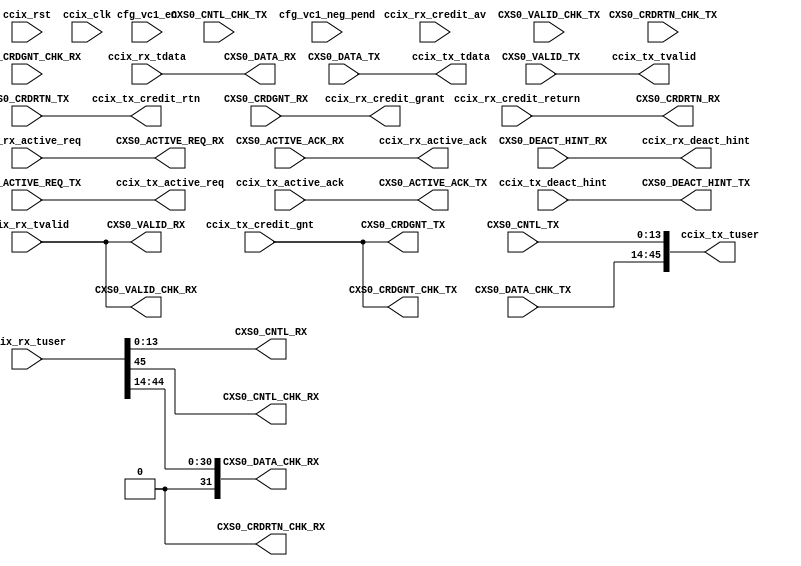
//-----------------------------------------------------------------------------
//
// (c) Copyright 2012-2012 Xilinx, Inc. All rights reserved.
//
// This file contains confidential and proprietary information
// of Xilinx, Inc. and is protected under U.S. and
// international copyright and other intellectual property
// laws.
//
// DISCLAIMER
// This disclaimer is not a license and does not grant any
// rights to the materials distributed herewith. Except as
// otherwise provided in a valid license issued to you by
// Xilinx, and to the maximum extent permitted by applicable
// law: (1) THESE MATERIALS ARE MADE AVAILABLE "AS IS" AND
// WITH ALL FAULTS, AND XILINX HEREBY DISCLAIMS ALL WARRANTIES
// AND CONDITIONS, EXPRESS, IMPLIED, OR STATUTORY, INCLUDING
// BUT NOT LIMITED TO WARRANTIES OF MERCHANTABILITY, NON-
// INFRINGEMENT, OR FITNESS FOR ANY PARTICULAR PURPOSE; and
// (2) Xilinx shall not be liable (whether in contract or tort,
// including negligence, or under any other theory of
// liability) for any loss or damage of any kind or nature
// related to, arising under or in connection with these
// materials, including for any direct, or any indirect,
// special, incidental, or consequential loss or damage
// (including loss of data, profits, goodwill, or any type of
// loss or damage suffered as a result of any action brought
// by a third party) even if such damage or loss was
// reasonably foreseeable or Xilinx had been advised of the
// possibility of the same.
//
// CRITICAL APPLICATIONS
// Xilinx products are not designed or intended to be fail-
// safe, or for use in any application requiring fail-safe
// performance, such as life-support or safety devices or
// systems, Class III medical devices, nuclear facilities,
// applications related to the deployment of airbags, or any
// other applications that could lead to death, personal
// injury, or severe property or environmental damage
// (individually and collectively, "Critical
// Applications"). Customer assumes the sole risk and
// liability of any use of Xilinx products in Critical
// Applications, subject only to applicable laws and
// regulations governing limitations on product liability.
//
// THIS COPYRIGHT NOTICE AND DISCLAIMER MUST BE RETAINED AS
// PART OF THIS FILE AT ALL TIMES.
//
//-----------------------------------------------------------------------------
//
// Project    : UltraScale+ FPGA PCI Express CCIX v4.0 Integrated Block
// Version    : 1.0 
//-----------------------------------------------------------------------------
//--------------------------------------------------------------------------------------------------
`timescale 1ps/1ps

module pcie4c_uscale_plus_0_cxs_remap #(
  parameter           AXIS_CCIX_RX_TDATA_WIDTH = 256,
  parameter           AXIS_CCIX_TX_TDATA_WIDTH = 256,
  parameter           AXIS_CCIX_RX_TUSER_WIDTH = 46,
  parameter           AXIS_CCIX_TX_TUSER_WIDTH = 46,
  parameter           AXIS_CCIX_RX_CNTL_WIDTH  = (AXIS_CCIX_RX_TDATA_WIDTH ==  512 ? 36 : 14), 
  parameter           AXIS_CCIX_TX_CNTL_WIDTH  = (AXIS_CCIX_TX_TDATA_WIDTH ==  512 ? 36 : 14) 
) (

   input [AXIS_CCIX_RX_TDATA_WIDTH-1:0]         ccix_rx_tdata,  
   input                                        ccix_rx_tvalid, 
   input [AXIS_CCIX_RX_TUSER_WIDTH-1:0]         ccix_rx_tuser,  
   output                                       ccix_rx_credit_grant,  
   input                                        ccix_rx_credit_return, 
   input [7:0]                                  ccix_rx_credit_av,     
   input                                        ccix_rx_active_req,    
   output                                       ccix_rx_active_ack,    
   output                                       ccix_rx_deact_hint,


   output  [AXIS_CCIX_TX_TDATA_WIDTH-1:0]       ccix_tx_tdata, 
   output                                       ccix_tx_tvalid,
   output  [AXIS_CCIX_TX_TUSER_WIDTH-1:0]       ccix_tx_tuser, 
   input                                        ccix_tx_credit_gnt,   
   output                                       ccix_tx_credit_rtn,   
   output                                       ccix_tx_active_req,  
   input                                        ccix_tx_active_ack, 
   input                                        ccix_tx_deact_hint,

   input                                        CXS0_ACTIVE_REQ_TX, 
   output                                       CXS0_ACTIVE_ACK_TX, 
   output                                       CXS0_DEACT_HINT_TX, 
   input                                        CXS0_VALID_TX,
   output                                       CXS0_CRDGNT_TX,
   input                                        CXS0_CRDRTN_TX,     
   input  [AXIS_CCIX_TX_CNTL_WIDTH-1:0]         CXS0_CNTL_TX,
   input  [AXIS_CCIX_TX_TDATA_WIDTH-1:0]        CXS0_DATA_TX,
   input                                        CXS0_VALID_CHK_TX,  
   output                                       CXS0_CRDGNT_CHK_TX,
   input                                        CXS0_CRDRTN_CHK_TX, 
   input                                        CXS0_CNTL_CHK_TX,   
   input  [AXIS_CCIX_TX_TDATA_WIDTH/8-1:0]      CXS0_DATA_CHK_TX, 
   output                                       CXS0_ACTIVE_REQ_RX, 
   input                                        CXS0_ACTIVE_ACK_RX, 
   input                                        CXS0_DEACT_HINT_RX, 
   output                                       CXS0_VALID_RX, 
   input                                        CXS0_CRDGNT_RX,
   output                                       CXS0_CRDRTN_RX,
   output [AXIS_CCIX_RX_CNTL_WIDTH-1:0]         CXS0_CNTL_RX,
   output [AXIS_CCIX_RX_TDATA_WIDTH-1:0]        CXS0_DATA_RX,
   output                                       CXS0_VALID_CHK_RX, 
   input                                        CXS0_CRDGNT_CHK_RX, 
   output                                       CXS0_CRDRTN_CHK_RX,
   output                                       CXS0_CNTL_CHK_RX,
   output [AXIS_CCIX_RX_TDATA_WIDTH/8-1:0]      CXS0_DATA_CHK_RX,

   input           cfg_vc1_en,
   input           cfg_vc1_neg_pend,

   input           ccix_rst, 
   input           ccix_clk 
  

);
//  reg   vc1_enabled = 1'b0;
//  //integer ii, jj;
//  wire [31:0] tx_parity, rx_parity;
//
//  //- First time ccix_tx_credit signal is asserted when VC1 is enabled
//  //    Use that to assert CXS activation on S$
//  always @(posedge ccix_clk)
//  begin
//    if (ccix_rst)
//      vc1_enabled <= 1'b0;
//    else if (cfg_vc1_en & ~cfg_vc1_neg_pend)  
//      vc1_enabled <= 1'b1;
//  end
//
//
//  assign ccix_rx_tdata          =   CXS0_DATA_TX;   
/*  
  //- Every DW byte reversal
  genvar ii, jj;
  generate 
  for (jj = 0; jj < 8; jj=jj+1)
  begin
    for (ii=0; ii<4; ii=ii+1)
    begin
      assign ccix_rx_tdata[((32*jj)+31-(8*ii)):((32*jj)+24-(8*ii))] = 
                        CXS0_DATA_TX[((32*jj)+(8*ii)+7):((32*jj)+(8*ii))];
      
      assign tx_parity[(4*jj)+3-ii] = CXS0_DATA_CHK_TX[(4*jj)+ii];

      assign CXS0_DATA_RX[((32*jj)+31-(8*ii)):((32*jj)+24-(8*ii))] = 
                        ccix_tx_tdata[((32*jj)+(8*ii)+7):((32*jj)+(8*ii))];

      assign CXS0_DATA_CHK_RX[(4*jj)+3-ii] = rx_parity[(4*jj)+ii];
    end
  end
  endgenerate
      //- PCIe TUSER doesn't provide parity
  //Logic to compute Parity for CXS-RX
  genvar aa;
  generate
    for (aa = 0; aa < 32; aa=aa+1)
      assign rx_parity[aa] = !(^ccix_tx_tdata[((8*(aa+1))-1):(8*aa)]);
  endgenerate

*/
/*
  assign ccix_rx_tvalid         =   CXS0_VALID_TX;
  assign ccix_rx_tuser[0]       =   CXS0_CNTL_TX[0];      //- is_sop0
  assign ccix_rx_tuser[1]       =   CXS0_CNTL_TX[2];      //- is_sop0_ptr
  assign ccix_rx_tuser[2]       =   CXS0_CNTL_TX[1];      //- is_sop1
  assign ccix_rx_tuser[3]       =   CXS0_CNTL_TX[3];      //- is_sop1_ptr
  assign ccix_rx_tuser[4]       =   CXS0_CNTL_TX[4];      //- is_eop0
  assign ccix_rx_tuser[7:5]     =   CXS0_CNTL_TX[10:8];   //- eop0_ptr
  assign ccix_rx_tuser[8]       =   CXS0_CNTL_TX[5];      //- is_eop1
  assign ccix_rx_tuser[11:9]    =   CXS0_CNTL_TX[13:11];  //- eop1_ptr
  assign ccix_rx_tuser[13:12]   =   CXS0_CNTL_TX[7:6];    //- error/discontinue
  assign ccix_rx_tuser[45:14]   =   CXS0_DATA_CHK_TX;     //- parity
  
  assign ccix_rx_credit         =   CXS0_CRDGNT_RX;
  
  assign CXS0_DATA_RX           =   ccix_tx_tdata;   
  assign CXS0_VALID_RX          =   ccix_tx_tvalid;
  assign CXS0_VALID_CHK_RX      =   ccix_tx_tvalid;
  assign CXS0_CNTL_RX[0]        =   ccix_tx_tuser[0];     //- sop0
  assign CXS0_CNTL_RX[1]        =   ccix_tx_tuser[2];     //- sop0_ptr
  assign CXS0_CNTL_RX[2]        =   ccix_tx_tuser[1];     //- sop1
  assign CXS0_CNTL_RX[3]        =   ccix_tx_tuser[3];     //- sop1_ptr
  assign CXS0_CNTL_RX[4]        =   ccix_tx_tuser[4];     //- eop0
  assign CXS0_CNTL_RX[5]        =   ccix_tx_tuser[8];     //- eop1
  assign CXS0_CNTL_RX[7:6]      =   ccix_tx_tuser[13:12]; //- discontinue
  assign CXS0_CNTL_RX[10:8]     =   ccix_tx_tuser[7:5];   //- eop0_ptr
  assign CXS0_CNTL_RX[13:11]    =   ccix_tx_tuser[11:9];  //- eop1_ptr
  assign CXS0_DATA_CHK_RX       =   ccix_tx_tuser[45:14]; //- parity
//  assign rx_parity              = ccix_tx_tuser[45:14];  

  assign CXS0_ACTIVE_REQ_RX     =   vc1_enabled;  //1'b1;
  assign CXS0_CRDRTN_RX         =   1'b0;
  assign CXS0_CNTL_CHK_RX       =   1'b0;
  assign CXS0_CRDRTN_CHK_RX     =   1'b0;
  assign CXS0_CRDGNT_TX         =   ccix_tx_credit; 
  assign CXS0_CRDGNT_CHK_TX     =   ccix_tx_credit;
  //- ACK the request from S$ only when VC1 is enabled
  assign CXS0_ACTIVE_ACK_TX     =   CXS0_ACTIVE_REQ_TX ? vc1_enabled : 1'b0;
  assign CXS0_DEACT_HINT_TX     =   1'b0;
*/
//-------------- With Latest CXS support in PCIe4c IP ----------------------
  assign ccix_tx_tdata          =   CXS0_DATA_TX;   
  assign ccix_tx_tvalid         =   CXS0_VALID_TX;
  assign ccix_tx_tuser          =   {CXS0_CNTL_CHK_TX,CXS0_DATA_CHK_TX,CXS0_CNTL_TX[AXIS_CCIX_RX_CNTL_WIDTH-1:0]};
  assign CXS0_CRDGNT_TX         =   ccix_tx_credit_gnt;
  assign CXS0_CRDGNT_CHK_TX     =   ccix_tx_credit_gnt;
  assign ccix_tx_credit_rtn     =   CXS0_CRDRTN_TX;
  assign ccix_tx_active_req     =   CXS0_ACTIVE_REQ_TX;
  assign CXS0_ACTIVE_ACK_TX     =   ccix_tx_active_ack;
  assign CXS0_DEACT_HINT_TX     =   ccix_tx_deact_hint; 
 
  assign CXS0_DATA_RX           = ccix_rx_tdata;  
  assign CXS0_VALID_RX          = ccix_rx_tvalid; 
  assign CXS0_VALID_CHK_RX      = ccix_rx_tvalid;
  assign CXS0_CNTL_CHK_RX       = ccix_rx_tuser[AXIS_CCIX_TX_TUSER_WIDTH-1]; 
  assign CXS0_CNTL_RX           = ccix_rx_tuser[AXIS_CCIX_RX_CNTL_WIDTH-1:0];  
  assign CXS0_DATA_CHK_RX       = ccix_rx_tuser[AXIS_CCIX_TX_TUSER_WIDTH-2:AXIS_CCIX_RX_CNTL_WIDTH];  
  assign ccix_rx_credit_grant   = CXS0_CRDGNT_RX; 
  assign CXS0_CRDRTN_RX         = ccix_rx_credit_return;
  assign CXS0_CRDRTN_CHK_RX     =   1'b0;
  //assign                        = ccix_rx_credit_av;    
  assign CXS0_ACTIVE_REQ_RX     = ccix_rx_active_req;   
  assign ccix_rx_active_ack     = CXS0_ACTIVE_ACK_RX;
  assign ccix_rx_deact_hint     = CXS0_DEACT_HINT_RX;


endmodule